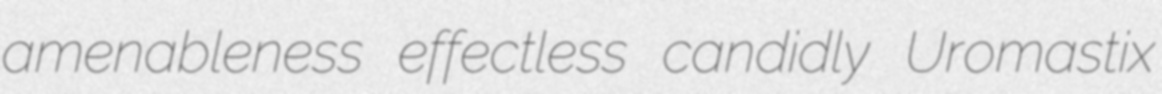
amenableness effectless candidly Uromastix